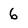
Character: 6